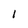
Character: l